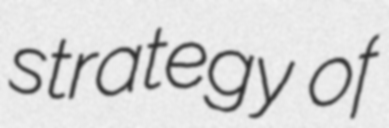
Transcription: strategy of